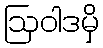
ဩဝါဒမှိ